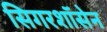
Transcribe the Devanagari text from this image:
सिगरशॉसेन